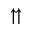
\upuparrows